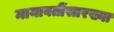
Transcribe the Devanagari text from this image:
मायावतींसारख्या